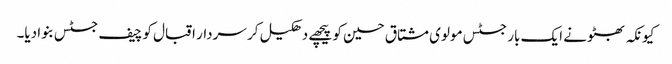
کیونکہ بھٹو نے ایک بار جسٹس مولوی مشتاق حسین کو پیچھے دھکیل کر سردار اقبال کو چیف جسٹس بنوا دیا۔